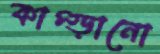
কাম্‌ড়ানো